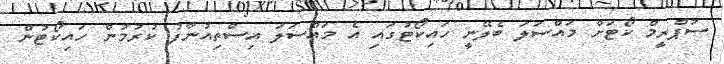
ސުޕްރީމް ކޯޓަށް މައްސަލަ ބެލޭނީ ހައިކޯޓުގައި އެ މައްސަލަ އިސްތިއުނާފު ކުރުމުން ހައިކޯޓުން